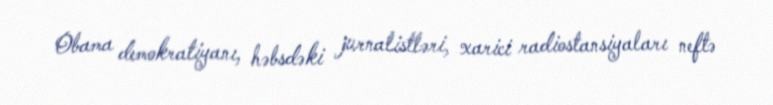
Obama demokratiyanı, həbsdəki jurnalistləri, xarici radiostansiyaları neftə